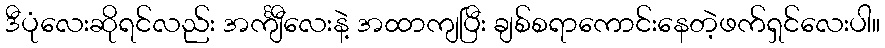
ဒီပုံလေးဆိုရင်လည်း အင်္ကျီလေးနဲ့ အထာကျပြီး ချစ်စရာကောင်းနေတဲ့ဖက်ရှင်လေးပါ။